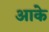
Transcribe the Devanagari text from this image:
अाके